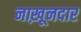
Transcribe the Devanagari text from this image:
नाख़ूनदार